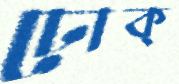
ঢোক্‌